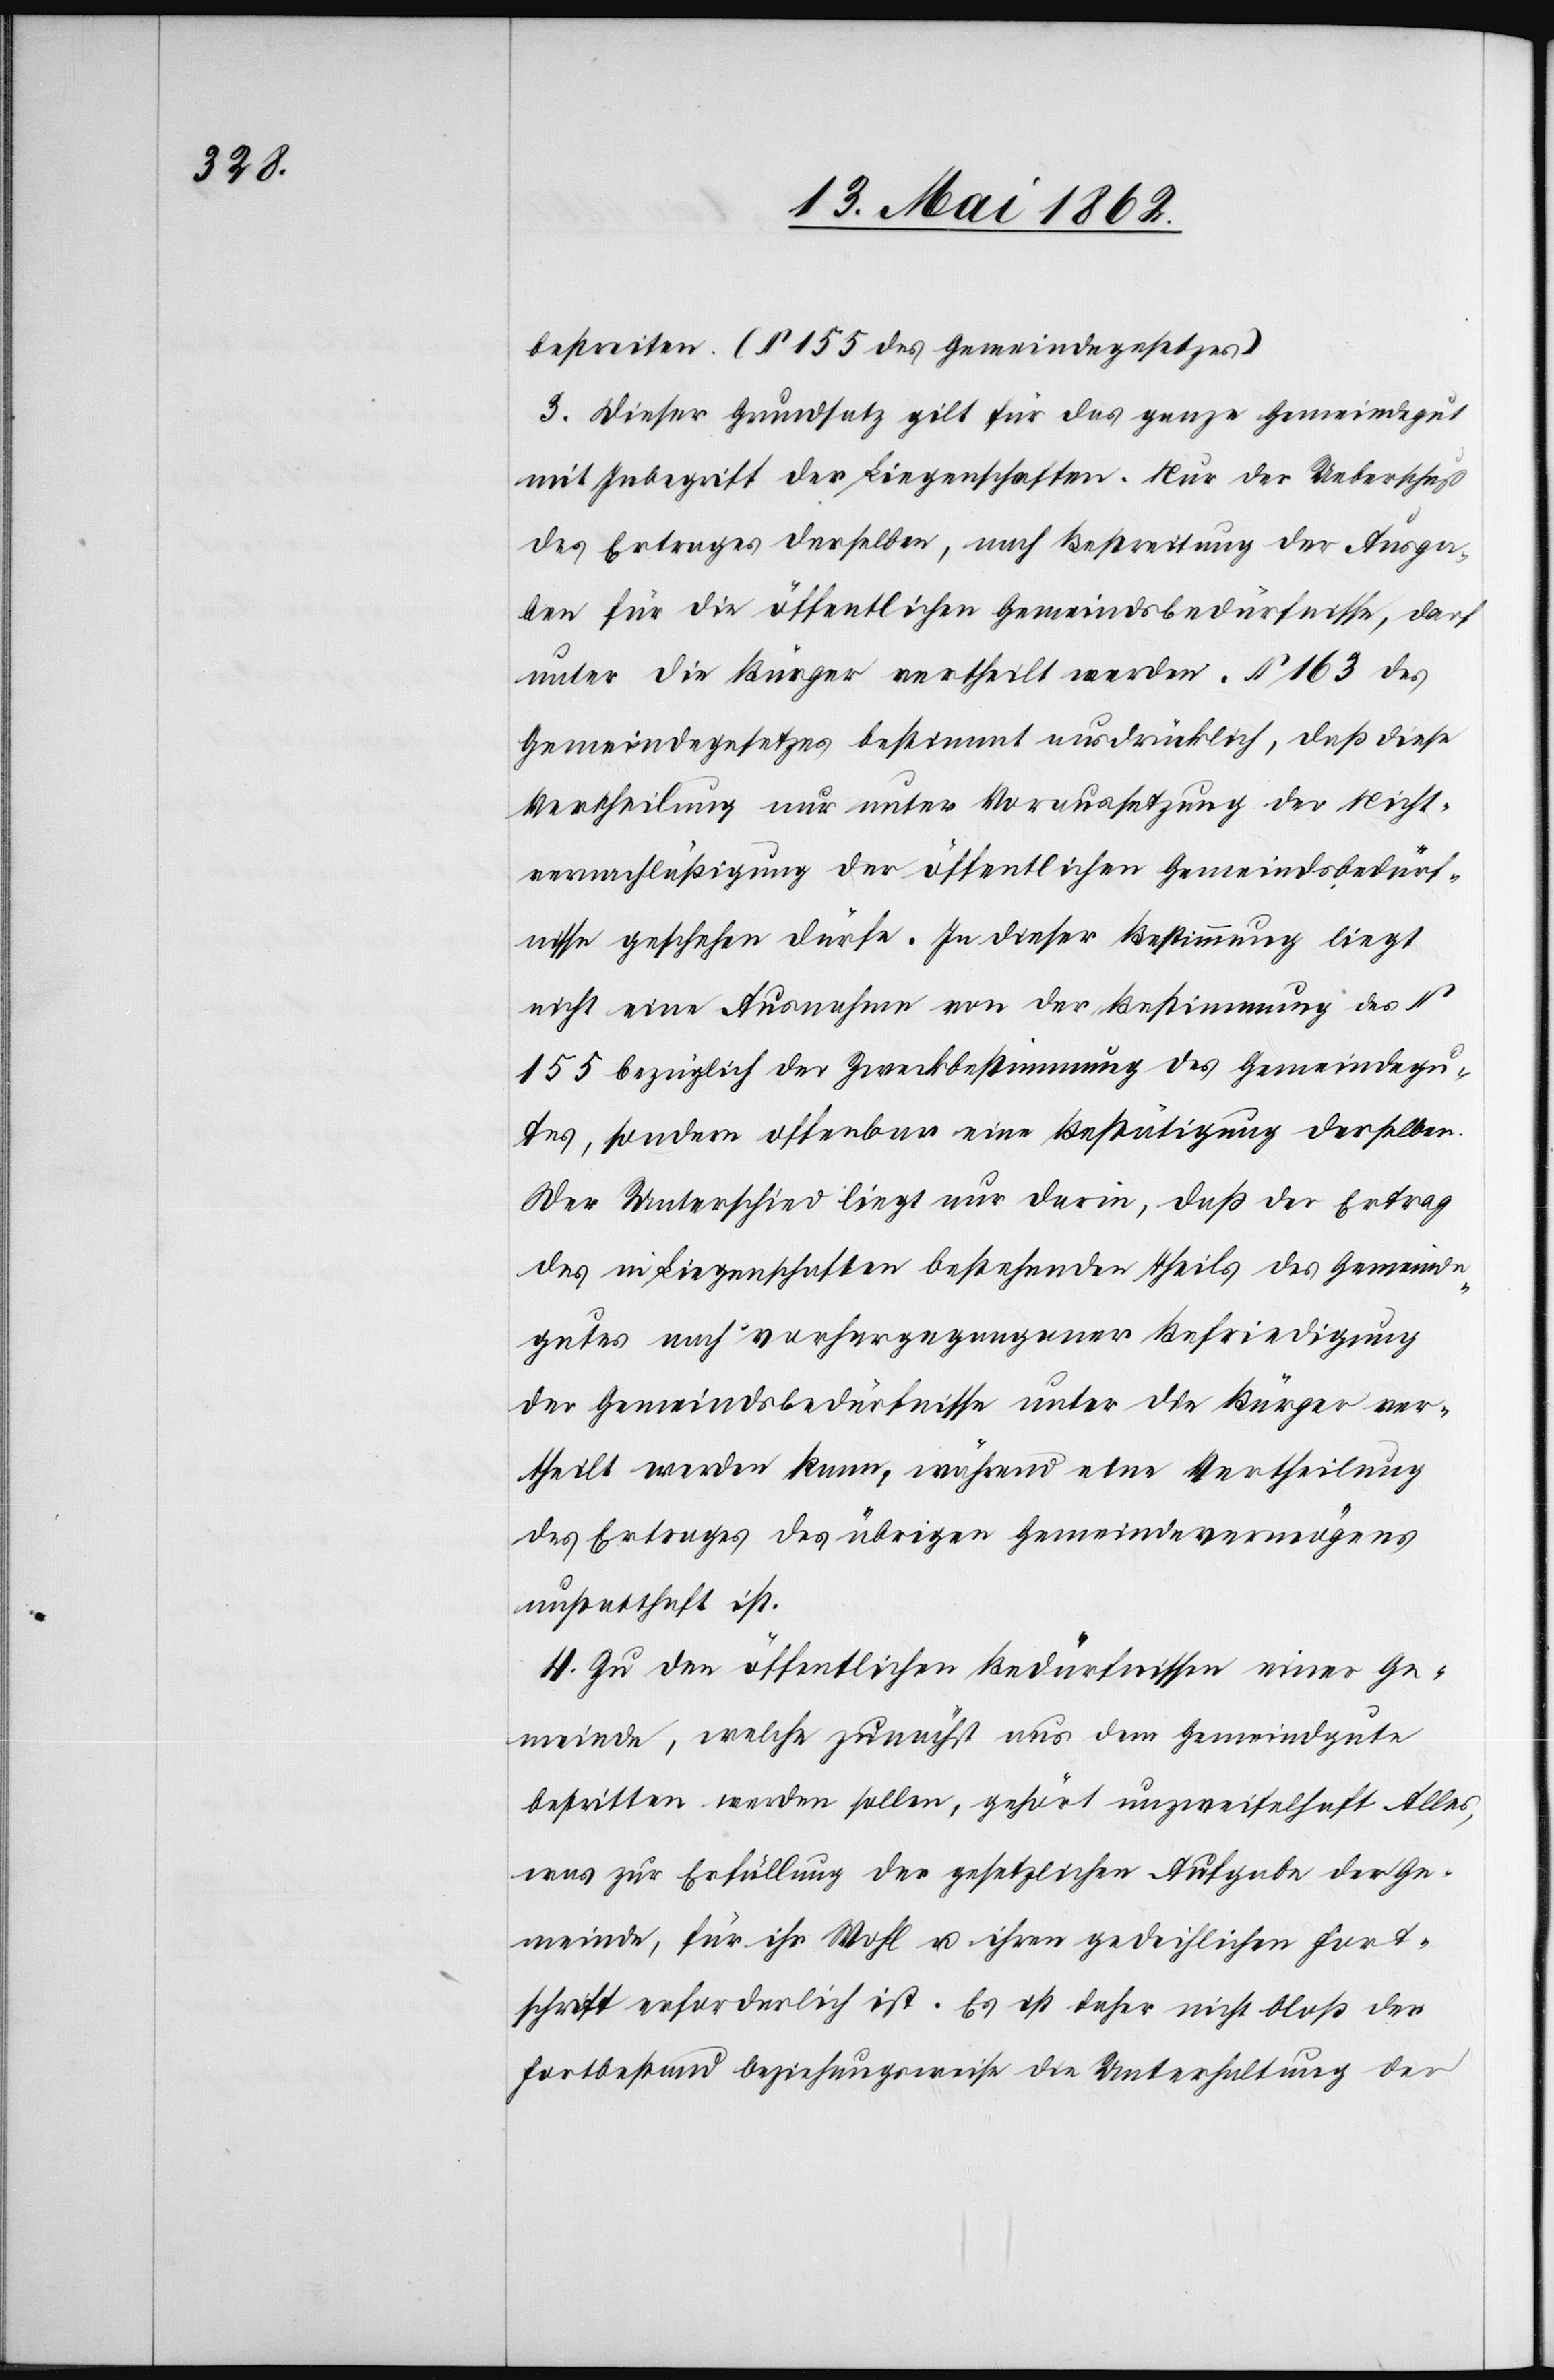
bestreiten. (§ 155 des Gemeindegesetzes)
3. Dieser Grundsatz gilt für das ganze Gemeindgut
mit Inbegriff der Liegenschaften. Nur der Ueberschuß
des Ertrages derselben, nach Bestreitung der Ausga¬
ben für die öffentlichen Gemeindsbedürfnisse, darf
unter die Bürger vertheilt werden. § 163 des
Gemeindegesetzes bestimmt ausdrücklich, daß diese
Vertheilung nur unter Voraussetzung der Nicht¬
vernachläßigung der öffentlichen Gemeindsbedürf¬
nisse geschehen dürfe. In dieser Bestimmung liegt
nicht eine Ausnahme von der Bestimmung des §
155 bezüglich der Zweckbestimmung des Gemeindegu¬
tes, sondern offenbar eine Bestätigung derselben.
Der Unterschied liegt nur darin, daß der Ertrag
des in Liegenschaften bestehenden Theils des Gemeinde¬
gutes nach vorhergegangener Befriedigung
der Gemeindsbedürfnisse unter die Bürger ver¬
theilt werden kann, während eine Vertheilung
des Ertrages des übrigen Gemeindevermögens
unstatthaft ist.
4. Zu den öffentlichen Bedürfnissen einer Ge¬
meinde, welche zunächst aus dem Gemeindgute
bestritten werden sollen, gehört unzweifelhaft Alles,
was zur Erfüllung der gesetzlichen Aufgabe der Ge¬
meinde, für ihr Wohl u. ihren gedeihlichen Fort¬
schritt erforderlich ist. Es ist daher nicht bloß der
Fortbestand beziehungsweise die Unterhaltung der